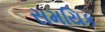
સમયિક